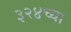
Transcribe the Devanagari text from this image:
३२४च्या